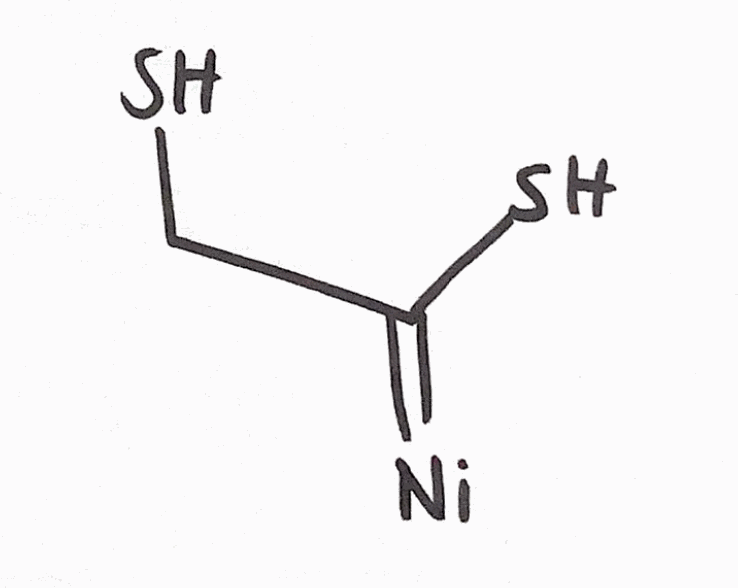
Simplified molecular-input line-entry system (SMILES) notation of the given molecule:
C(C(=[Ni])S)S